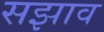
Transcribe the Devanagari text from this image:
सझाव